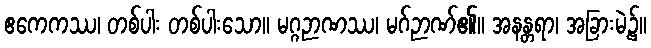
ဧကေကဿ၊ တစ်ပါး တစ်ပါးသော။ မဂ္ဂဉာဏဿ၊ မဂ်ဉာဏ်၏။ အနန္တရာ၊ အခြားမဲ့၌။